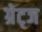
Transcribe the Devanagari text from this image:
ग्रेट्ज